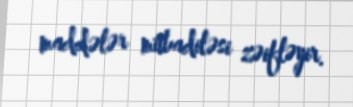
maddələr mübadiləsi zəifləyir.